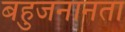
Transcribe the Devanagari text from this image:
बहुजनानता